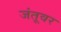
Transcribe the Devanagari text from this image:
जंतूवर